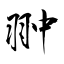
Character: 翀